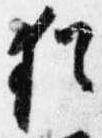
猶